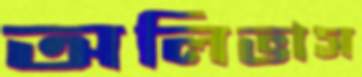
অলিভাস